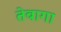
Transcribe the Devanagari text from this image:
तेबागा